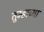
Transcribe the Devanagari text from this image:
तुम्हाच्या